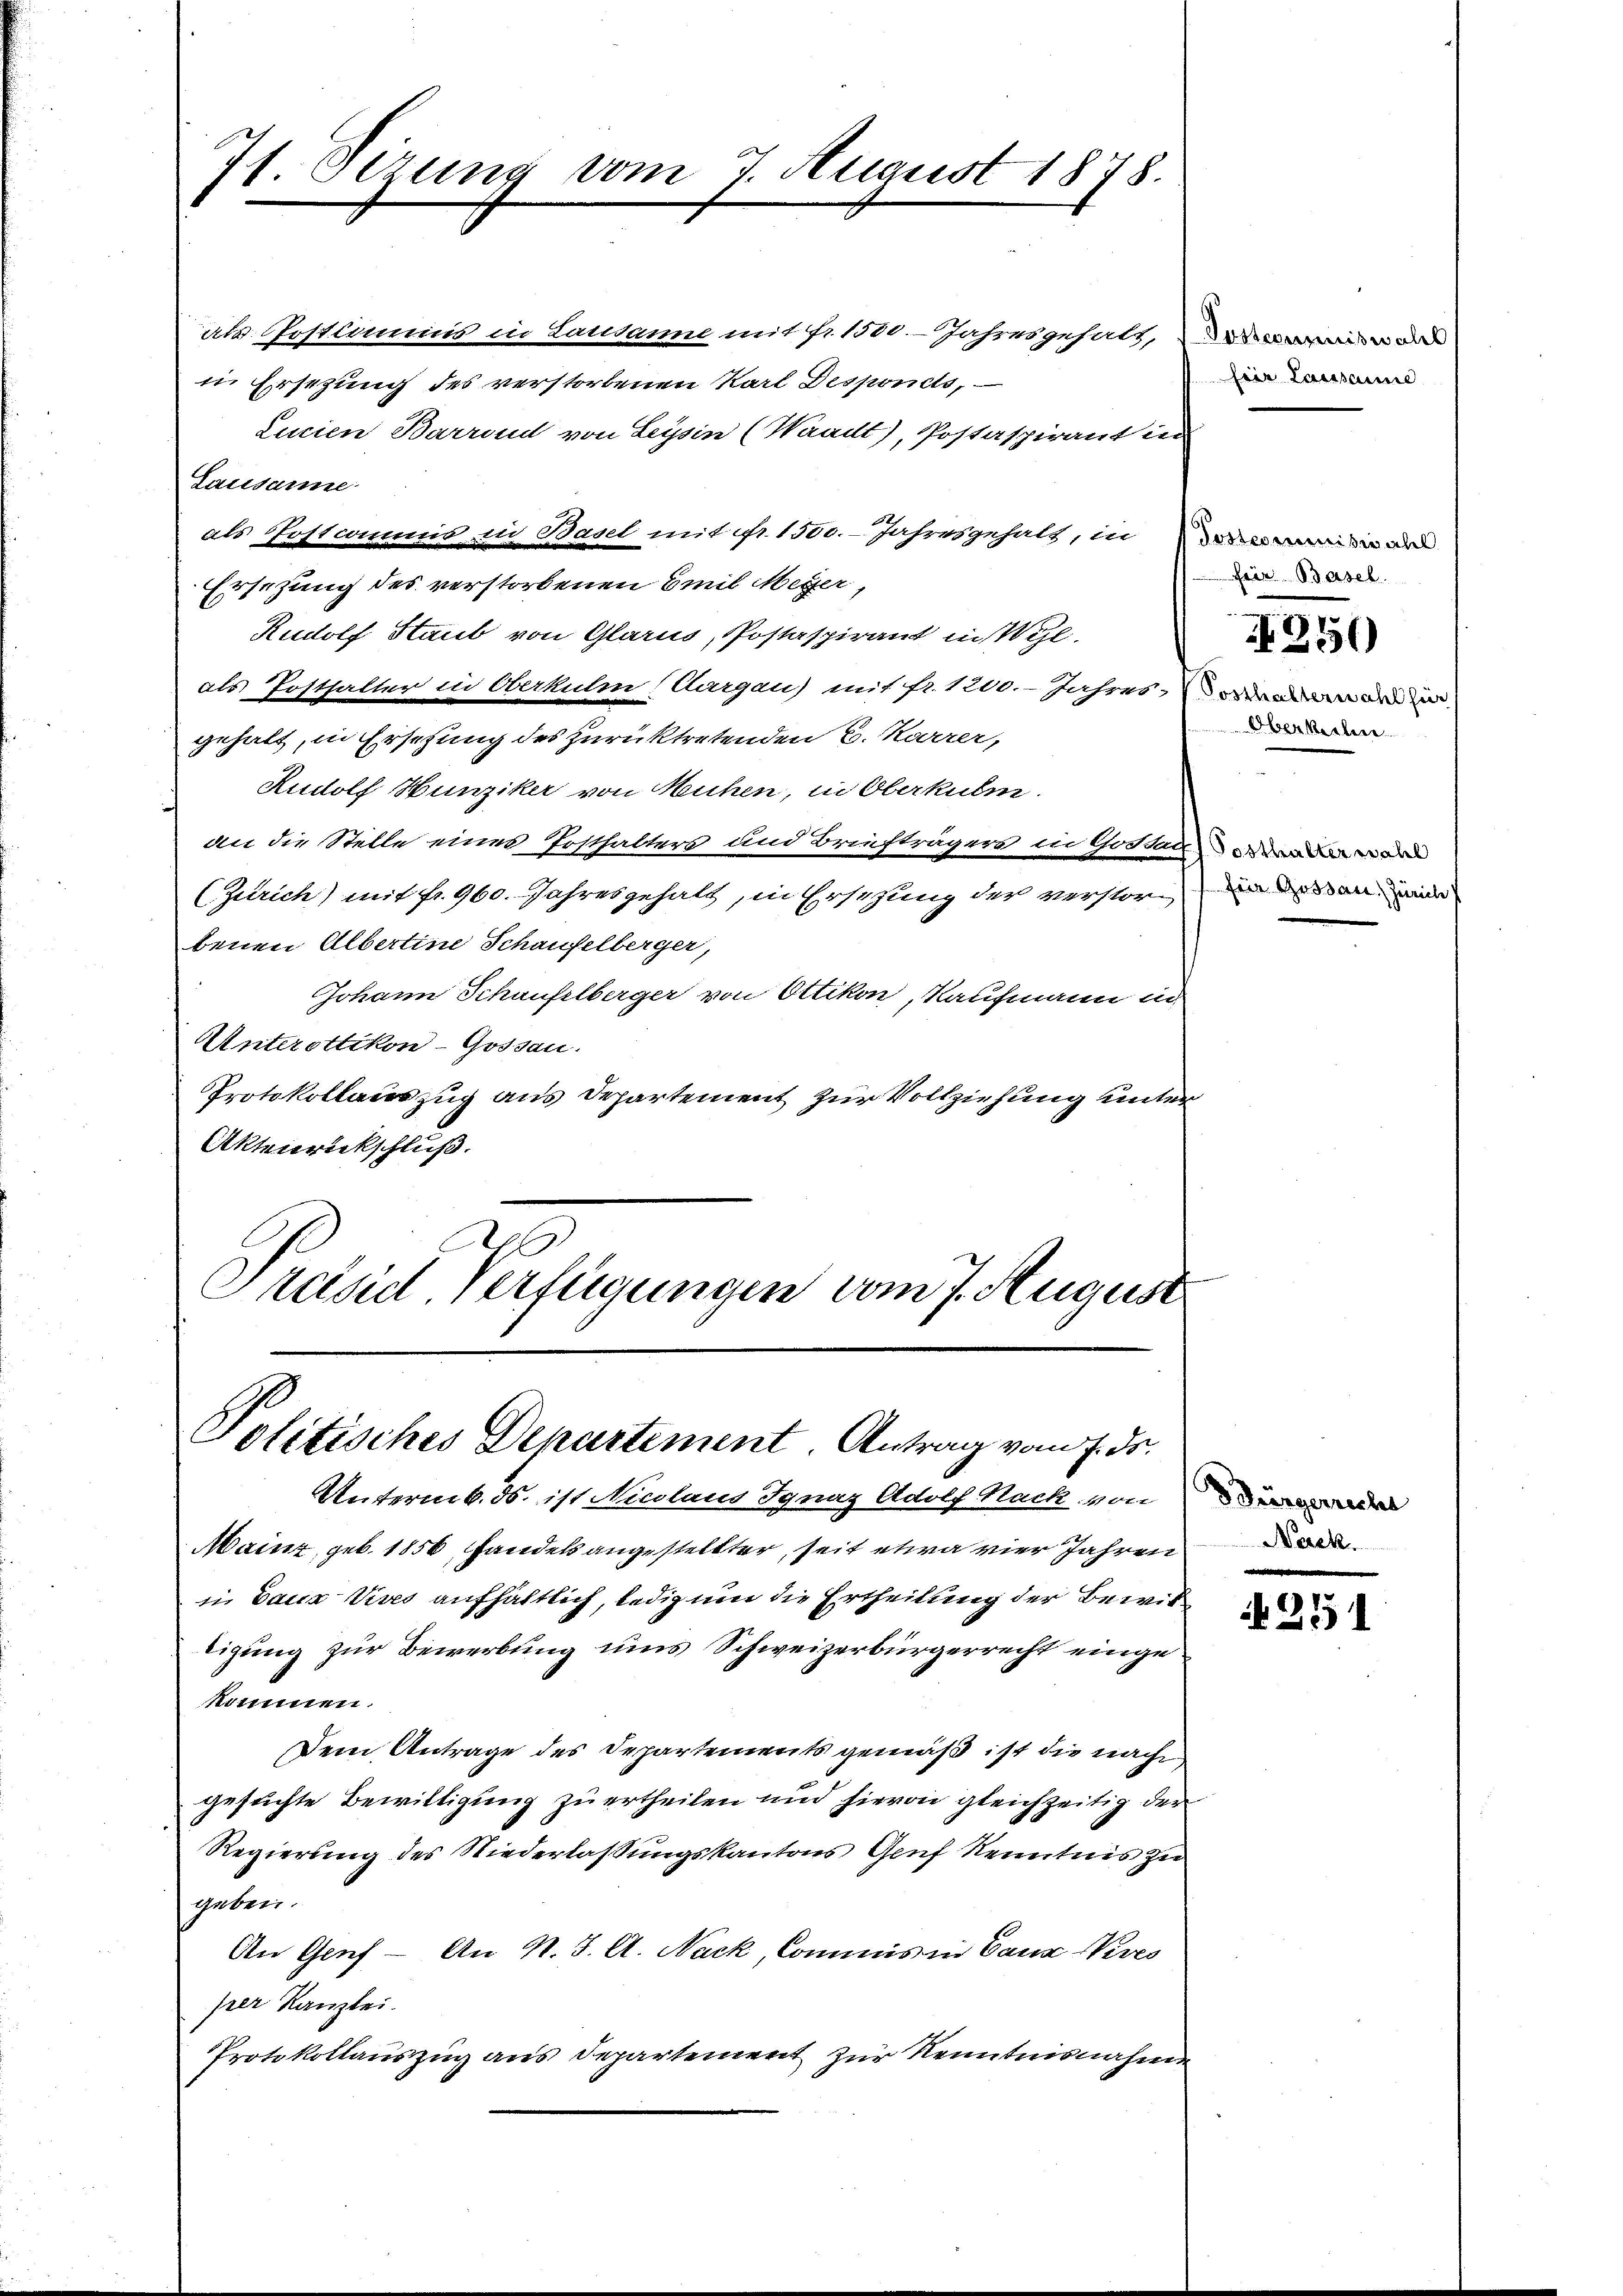
7t Serung vom 7. August 1878.

als. Postcommis in Landame mit fr. 1500. - Jahresgehalt, es de
in Ersezung des verstorbenen Karl Desponets,
Lurien Barren von Leysin (Waadt, Postaspirant in
Lausanne
als Postcommis in Basel mit Nr. 1500. Jahresgehalt, in an
Ersetzung des verstorbenen Emil Meger,
Rudolf Staub von Glarus, Postaspirant in Wyl,
als Posthalter in Oberkulm (Aargau) mit fr. 1200. - Jahres, in e
gehalt, in Ersehung des zurücktretenden 6. Karrer,
Rudolf Hunziker von Meuchen, in Oberkulm
an die Stelle eines Posthalters und Briefträgers in Gossar
(Zürich) mit fr. 960. Jahres gehalt, in Ersezung der verstorbenen Albertine Schaufelberger,
Johann Schaufelberger von Ottikon, Kaufmann in
Unterottikon-Gossau.
Protokollauszug aus Departement zur Vollziehung unter
Aktenrickschluß.
Präsid Verfügungen vom 7. August

Politisches Departement. Antrag vom 7. ds.

Untermb. ds. ist Nicolaus Ignaz Adolf Nach von der
Mainz, geb. 1856, handels angestellter, seit etwa vier Jahren
in Bauz Vives aufhältlich, ledig um die Ertheilung der Bewiltigung zur Bewerbung uns Schweizerbürgerrecht eingekommen.
Dem Antrage des Departements gemäß ist die nach
gesuchte Bewilligung zu ertheilen und hievon gleichzeitig der
Regierung des Niederlaßungskantons Genf Kenntnis zu
geben.
An Genf - An N. J. A. Nack, Commis in Ganz Nives
per Kanzlei.
Protokollauszug aus Departement zur Kenntnisnahme

frir Lausanne

frir Basel

256)

Oberkeitere

1. Posthalter wahl
für Gossau, Zürich

Nack.

251